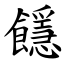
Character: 䭡